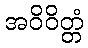
အဝိဝိတ္တံ